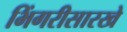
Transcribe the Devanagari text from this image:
भिंगरीसारखे